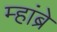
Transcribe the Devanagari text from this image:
म्हांब्रे